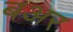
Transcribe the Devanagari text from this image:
बअर